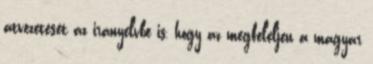
átvezetését az irányelvbe is, hogy az megfeleljen a magyar